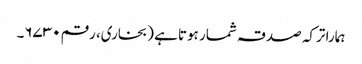
ہمارا ترکہ صدقہ شمار ہوتا ہے (بخاری، رقم ۶۷۳۰۔